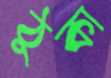
ঠুকা